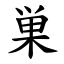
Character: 巣